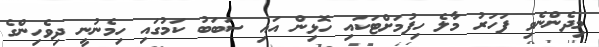
މިދެންނެވި ފަހަރު މާލެ ހިފުމަށްޓަކައި ހޮޅިން އައި ސަބަބު ކަމުގައި ހިމެނުނީ ދިވެހިންގެ